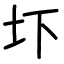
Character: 圷